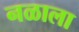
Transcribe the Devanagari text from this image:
नळाला